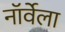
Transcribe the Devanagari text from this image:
नॉर्वेला